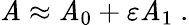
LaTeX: \mathit{A}\approx\mathit{A}_{0}+\varepsilon\mathit{A}_{1}~.